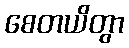
စေတယိတွာ